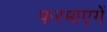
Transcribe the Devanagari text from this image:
फरमाएगें